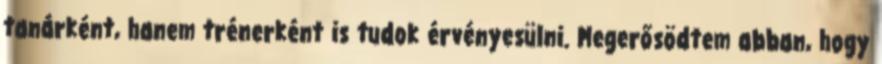
tanárként, hanem trénerként is tudok érvényesülni. Megerősödtem abban, hogy